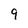
Character: 9